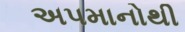
અપમાનોથી